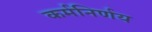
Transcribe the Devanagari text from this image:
कर्मनिर्णय